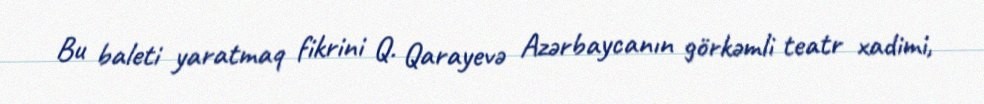
Bu baleti yaratmaq fikrini Q. Qarayevə Azərbaycanın görkəmli teatr xadimi,